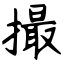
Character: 撮